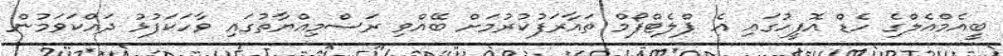
ބީއެމްއެލްގެ ހެޑް އޮފީހުގައި އެ ޕްލެޓްފޯމް ތައާރަފުކުރުމަށް ބޭއްވި ރަސްމިއްޔާތުގައި ވާހަކަފުޅު ދައްކަވަމުން